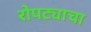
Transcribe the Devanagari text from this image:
रोपट्याचा